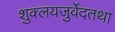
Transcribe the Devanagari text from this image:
शुक्लयजुर्वेदतथा